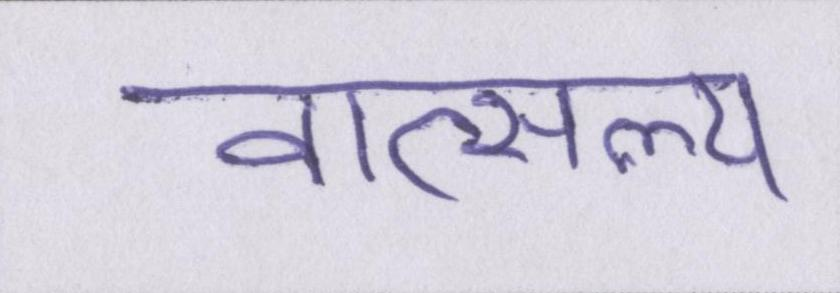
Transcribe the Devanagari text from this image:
वात्सल्य